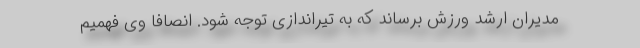
مدیران ارشد ورزش برساند که به تیراندازی توجه شود. انصافا وی فهمیم